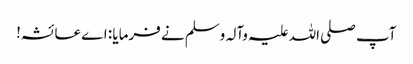
آپ صلی اللہ علیہ وآلہ وسلم نے فرمایا : اے عائشہ!